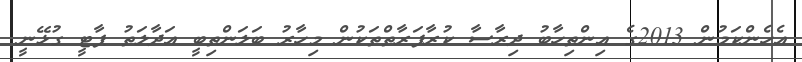
އެހެންކަމުން 2013ގެ އިންތިހާބު ދިރާސާ ކުރާފަރާތްތަކުން މިހާރު ބަލަންތިބީ އަދާލަތު ޕާޓީ ގުޅޭނީ